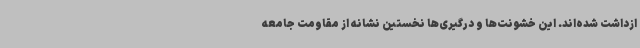
ازداشت شده‌اند. این خشونت‌ها و درگیری‌ها نخستین نشانه از مقاومت جامعه